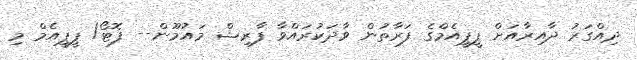
ދިއްގަރު ދާއިރާއަށް ޕީޕީއެމްގެ ފަރާތުން ވާދަކުރައްވާ ފާރިޝް މައުމޫން-- ފޮޓޯ/ ޕީޕީއެމް މި